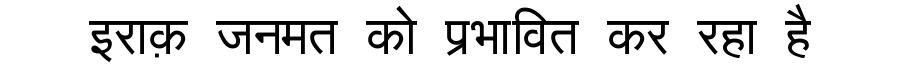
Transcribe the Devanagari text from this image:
इराक़ जनमत को प्रभावित कर रहा है